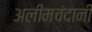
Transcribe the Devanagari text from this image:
अलीमचंदानी